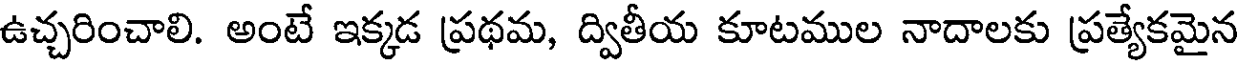
ఉచ్చరించాలి. అంటే ఇక్కడ ప్రథమ, ద్వితీయ కూటముల నాదాలకు ప్రత్యేకమైన